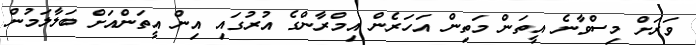
ވަރަށް މިސްވާނެ އީތަން މަތިން އަހަރެން އިމްރާންގެ އުރުގައި އިން އީތަންއަށް ބަލާލަމުން